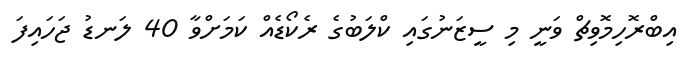
އިބްރޮހިމޮވިޗް ވަނީ މި ސީޒަނުގައި ކްލަބުގެ ރެކޯޑެއް ކަމަށްވާ 40 ލަނޑު ޖަހައިފަ